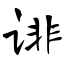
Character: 诽